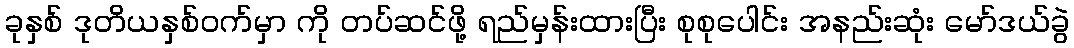
ခုနှစ် ဒုတိယနှစ်ဝက်မှာ ကို တပ်ဆင်ဖို့ ရည်မှန်းထားပြီး စုစုပေါင်း အနည်းဆုံး မော်ဒယ်ခွဲ